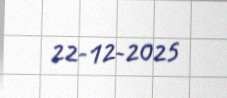
22-12-2025